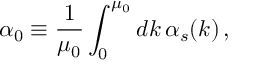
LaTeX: \alpha _ { 0 } \equiv { \frac { 1 } { \mu _ { 0 } } } \int _ { 0 } ^ { \mu _ { 0 } } d k \, \alpha _ { s } ( k ) \, ,